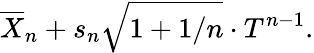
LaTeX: {\overline{{X}}}_{n}+s_{n}{\sqrt{1+1/n}}\cdot T^{n-1}.